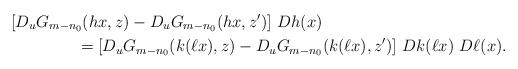
LaTeX: \begin{align*}& [D_uG_{m-n_0}(hx,z)-D_uG_{m-n_0}(hx,z')] \ Dh(x)\\ & \qquad\qquad=[D_uG_{m-n_0}(k(\ell x),z)-D_uG_{m-n_0}(k(\ell x),z')] \ Dk(\ell x) \ D\ell(x).\end{align*}